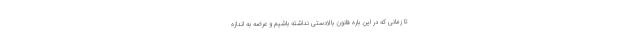
تا زمانی که در این باره قانون بالادستی نداشته باشیم و عرضه به اندازه